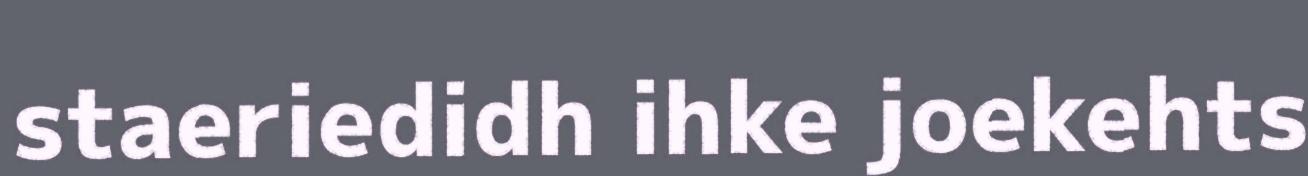
staeriedidh ihke joekehts